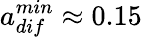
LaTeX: a_{dif}^{min}\approx 0.15